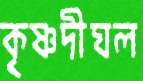
কৃষ্ণদীঘল